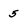
Character: 5